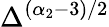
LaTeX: \Delta^{(\alpha_{2}-3)/2}